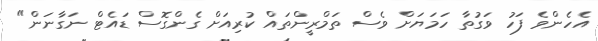
އެހެންވެ ފަހު ވަގުތާ ހަމަޔަށް ވެސް ތަމްރީންތައް ކުރިއަށް ގެންގޮސް ޑައެޓް ނަގާނަން"